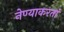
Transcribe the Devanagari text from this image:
नेण्याकरतां